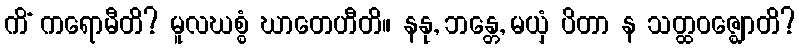
ကိံ ကရောမီတိ? မူလဃစ္စံ ဃာတေဟီတိ။ နနု, ဘန္တေ, မယှံ ပိတာ န သတ္ထဝဇ္ဈောတိ?